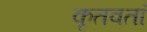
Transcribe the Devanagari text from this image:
कृतवतां